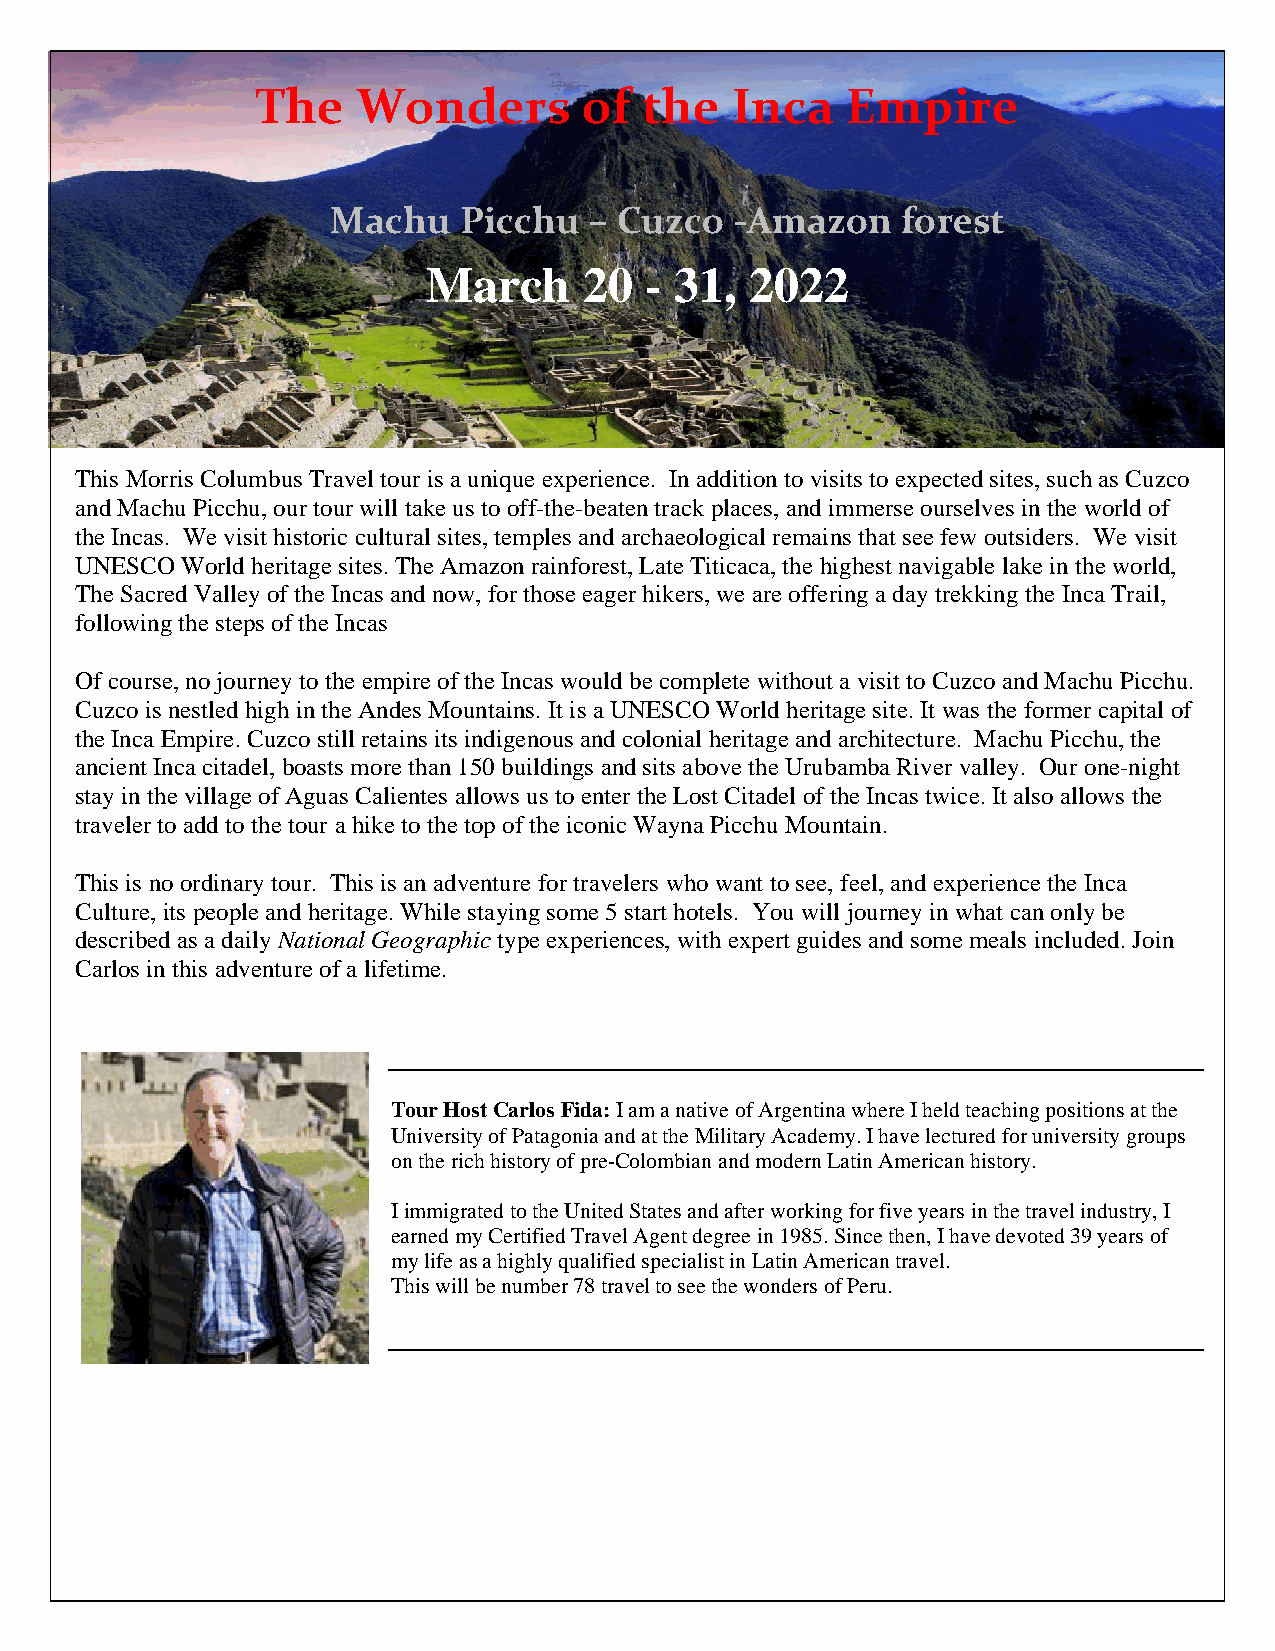
The    Wonders        of  the  Inca    Empire
 Machu   Picchu   – Cuzco   -Amazon    forest
 March      20  - 31,  2022
 This Morris Columbus Travel tour is a unique experience. In addition to visits to expected sites, such as Cuzco
 and Machu Picchu, our tour will take us to off-the-beaten track places, and immerse ourselves in the world of
 the Incas. We visit historic cultural sites, temples and archaeological remains that see few outsiders. We visit
 UNESCO World heritage sites. The Amazon rainforest, Late Titicaca, the highest navigable lake in the world,
 The Sacred Valley of the Incas and now, for those eager hikers, we are offering a day trekking the Inca Trail,
 following the steps of the Incas
 Of course, no journey to the empire of the Incas would be complete without a visit to Cuzco and Machu Picchu.
 Cuzco is nestled high in the Andes Mountains. It is a UNESCO World heritage site. It was the former capital of
 the Inca Empire. Cuzco still retains its indigenous and colonial heritage and architecture. Machu Picchu, the
 ancient Inca citadel, boasts more than 150 buildings and sits above the Urubamba River valley. Our one-night
 stay in the village of Aguas Calientes allows us to enter the Lost Citadel of the Incas twice. It also allows the
 traveler to add to the tour a hike to the top of the iconic Wayna Picchu Mountain.
 This is no ordinary tour. This is an adventure for travelers who want to see, feel, and experience the Inca
 Culture, its people and heritage. While staying some 5 start hotels. You will journey in what can only be
 described as a daily National Geographic type experiences, with expert guides and some meals included. Join
 Carlos in this adventure of a lifetime.
 Tour Host Carlos Fida: I am a native of Argentina where I held teaching positions at the
 University of Patagonia and at the Military Academy. I have lectured for university groups
 on the rich history of pre-Colombian and modern Latin American history.
 I immigrated to the United States and after working for five years in the travel industry, I
 earned my Certified Travel Agent degree in 1985. Since then, I have devoted 39 years of
 my life as a highly qualified specialist in Latin American travel.
 This will be number 78 travel to see the wonders of Peru.